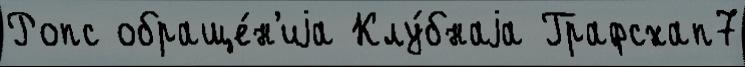
Ропс обраще́н'иjа Клу́бнаjа Графсхап7